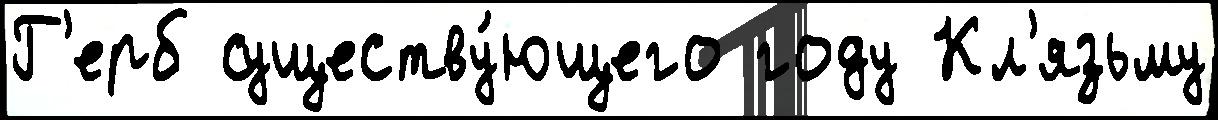
Г'ерб существу́ющего году Кл'язьму